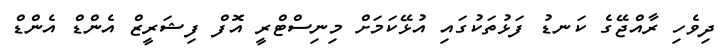
ދިވެހި ރާއްޖޭގެ ކަނޑު ފަޅުތަކުގައި އުޅޭކަމަށް މިނިސްޓްރީ އޮފް ފިޝަރީޒް އެންޑް އެންޑް